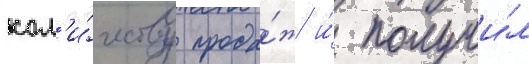
кол'и́честву прода́ж и́ получи́л